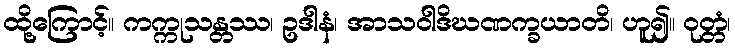
ထို့ကြောင့်။ ကက္ကုသန္တဿ၊ ဥဒါနံ၊ အာသဝါဒိဃဏက္ခယာတိ၊ ဟူ၍။ ဝုတ္တံ၊